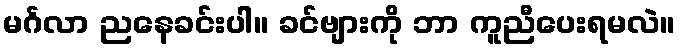
မင်္ဂလာ ညနေခင်းပါ။ ခင်ဗျားကို ဘာ ကူညီပေးရမလဲ။